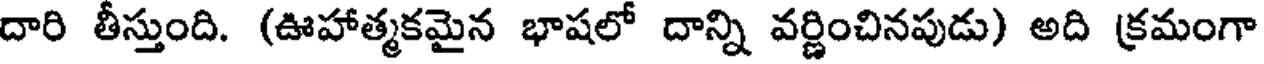
దారి తీస్తుంది. (ఊహాత్మకమైన భాషలో దాన్ని వర్ణించినపుడు) అది క్రమంగా